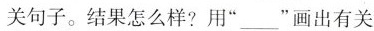
关句子。结果怎么样?用”__”画出有关